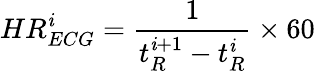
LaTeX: HR_{ECG}^{\mathit{i}}=\frac{{1}}{{t_{R}^{\mathit{i}+1}-t_{R}^{\mathit{i}}}}\times60